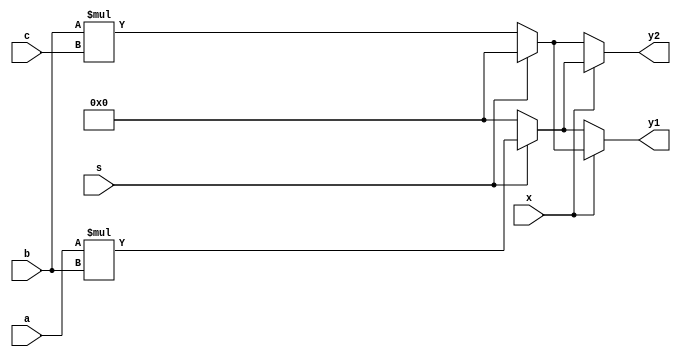
module test_1(
	input [7:0] a, b, c,
	input s, x,
	output [7:0] y1, y2
);
	wire [7:0] t1, t2;
	assign t1 = s ? a*b : 0, t2 = !s ? b*c : 0;
	assign y1 = x ? t2 : t1, y2 = x ? t1 : t2;
endmodule


module test_2(
	input s,
	input [7:0] a, b, c,
	output reg [7:0] y
);
	always @* begin
		y <= 'bx;
		if (s) begin
			if (a * b > 8)
				y <= b / c;
			else
				y <= c / b;
		end else begin
			if (b * c > 8)
				y <= a / b;
			else
				y <= b / a;
		end
	end
endmodule